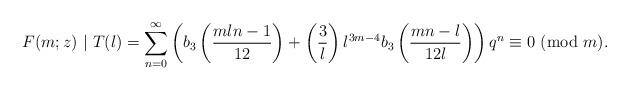
LaTeX: \begin{align*} F(m;z)\ |\ T(l)=\sum_{n=0}^\infty\left( b_3\left( \frac{mln-1}{12} \right)+\left(\frac{3}{l}\right)l^{3m-4}b_3\left( \frac{mn-l}{12l} \right) \right)q^n\equiv0\ (\mathrm{mod}\ m).\end{align*}